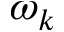
\omega _ { k }